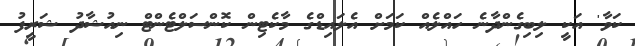
ކަވާ' އަކީ ލިބިގެންދާނެ ހައްލެއް ކަމަށް އެލައިޑްގެ މާކެޓިން ކޮންސަލްޓެންޓް ނިއުޝާދު ޝަރީފު